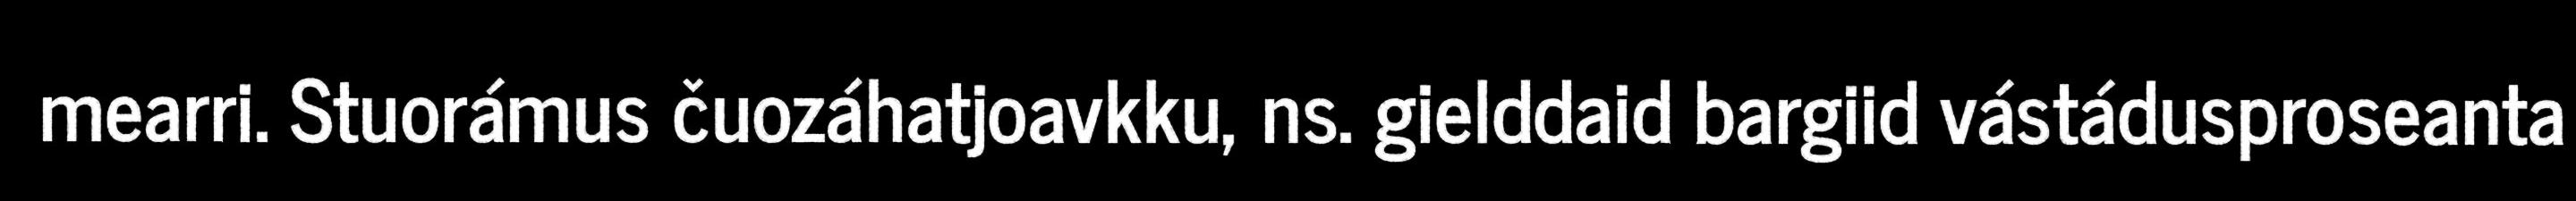
mearri. Stuorámus čuozáhatjoavkku, ns. gielddaid bargiid vástádusproseanta